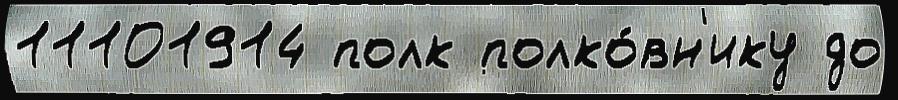
11101914 полк полко́вн'ику до